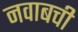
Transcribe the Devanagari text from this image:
नवाबची